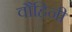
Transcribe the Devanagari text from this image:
वौहिनी